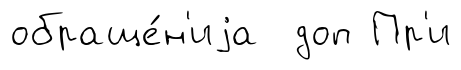
обраще́н'иjа доп Пр'и